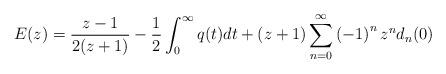
LaTeX: \begin{align*}E(z)=\frac{z-1}{2(z+1)}-\frac{1}{2}\int_{0}^{\infty}q(t)dt+(z+1)\sum_{n=0}^{\infty}\left( -1\right) ^{n}z^{n}d_{n}(0) \end{align*}